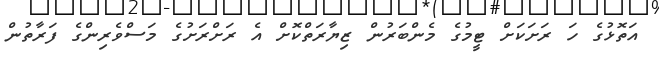
އަތޮޅުގެ ހަ ރަށަކަށް ޓީމުގެ މެންބަރުން ޒިޔާރަތްކޮށް އެ ރަށްރަށުގެ މަސްވެރިންގެ ފަރާތުން